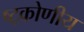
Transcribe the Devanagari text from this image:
ष्ट्कोणीय